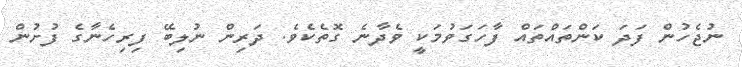
ނުޖެހުން ފަދަ ކަންތައްތައް ފާހަގަވުމަކީ ވެދާނެ ގޮތެކެވެ. ދަރިން ނުލިބޭ ފިރިހެނާގެ ފުށުން